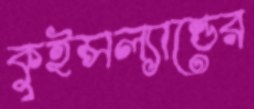
কুইন্সল্যান্ডের